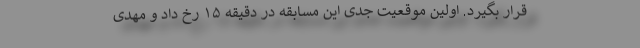
قرار بگیرد. اولین موقعیت جدی این مسابقه در دقیقه ۱۵ رخ داد و مهدی